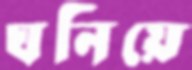
ঘনিয়ে